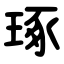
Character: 琢